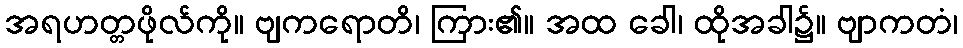
အရဟတ္တဖိုလ်ကို။ ဗျကရောတိ၊ ကြား၏။ အထ ခေါ၊ ထိုအခါ၌။ ဗျာကတံ၊